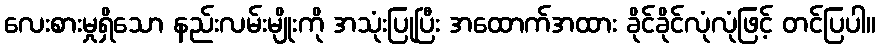
လေးစားမှုရှိသော နည်းလမ်းမျိုးကို အသုံးပြုပြီး အထောက်အထား ခိုင်ခိုင်လုံလုံဖြင့် တင်ပြပါ။